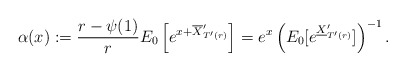
\begin{align*}\alpha(x):=\frac{r-\psi(1)}{r}E_0\left[e^{x+\overline{X}'_{T'(r)}}\right] =e^x\left(E_0[e^{\underline{X}'_{T'(r)}}]\right)^{-1} .\end{align*}